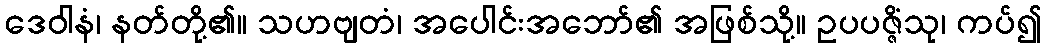
ဒေဝါနံ၊ နတ်တို့၏။ သဟဗျတံ၊ အပေါင်းအဘော်၏ အဖြစ်သို့။ ဥပပဇ္ဇိံသု၊ ကပ်၍